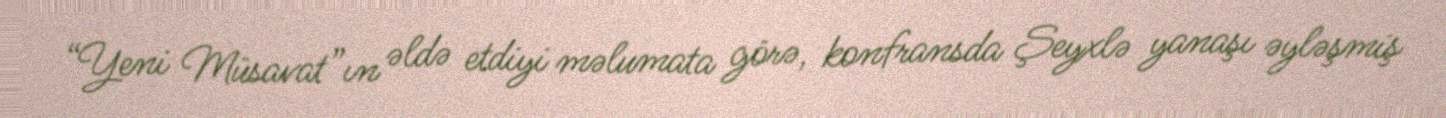
“Yeni Müsavat”ın əldə etdiyi məlumata görə, konfransda Şeyxlə yanaşı əyləşmiş